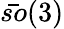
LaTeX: \bar{so}(3)